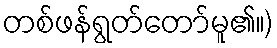
တစ်ဖန်ရွတ်တော်မူ၏။)